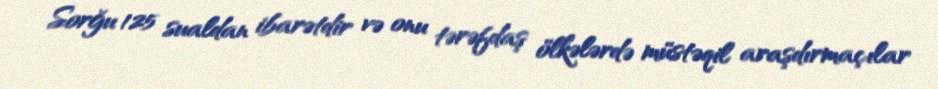
Sorğu 125 sualdan ibarətdir və onu tərəfdaş ölkələrdə müstəqil araşdırmaçılar